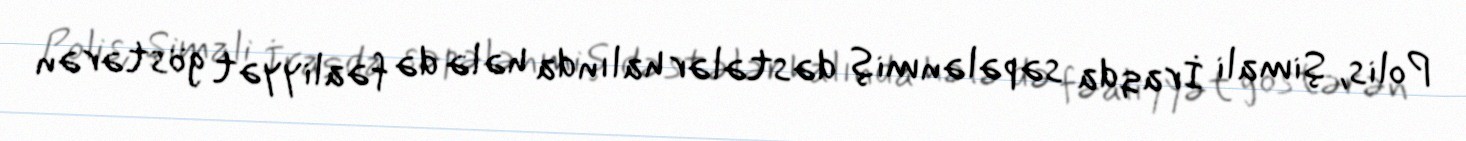
Polis, Şimali İraqda səpələnmiş dəstələr halında hələ də fəaliyyət göstərən